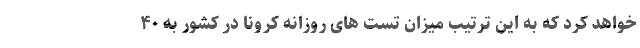
خواهد کرد که به این ترتیب میزان تست های روزانه کرونا در کشور به ۴۰